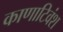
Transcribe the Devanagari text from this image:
काणाटिवंश